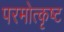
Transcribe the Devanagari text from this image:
परमोत्कृष्ट